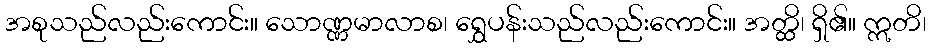
အစုသည်လည်းကောင်း။ သောဏ္ဏမာလာစ၊ ရွှေပန်းသည်လည်းကောင်း။ အတ္ထိ၊ ရှိ၏။ ဣတိ၊